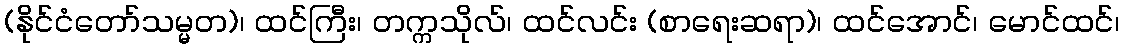
(နိုင်ငံတော်သမ္မတ)၊ ထင်ကြီး၊ တက္ကသိုလ်၊ ထင်လင်း (စာရေးဆရာ)၊ ထင်အောင်၊ မောင်ထင်၊